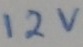
Text: 12V